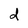
Character: d